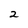
Character: 2